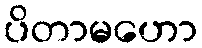
ပိတာမဟော